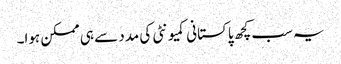
یہ سب کچھ پاکستانی کمیونٹی کی مدد سے ہی ممکن ہوا۔